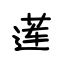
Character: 莲